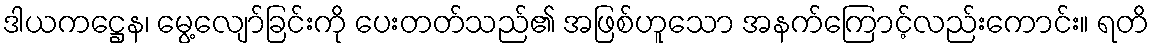
ဒါယကဋ္ဌေန၊ မွေ့လျော်ခြင်းကို ပေးတတ်သည်၏ အဖြစ်ဟူသော အနက်ကြောင့်လည်းကောင်း။ ရတိ